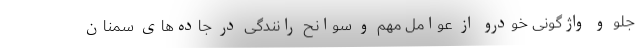
جلو و واژگونی خودرو از عوامل مهم و سوانح رانندگی در جاده‌های سمنان